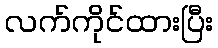
လက်ကိုင်ထားပြီး